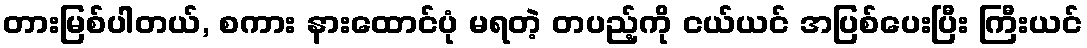
တားမြစ်ပါတယ်, စကား နားထောင်ပုံ မရတဲ့ တပည့်ကို ငယ်ယင် အပြစ်ပေးပြီး ကြီးယင်